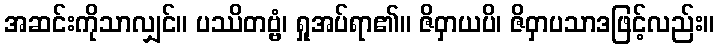
အဆင်းကိုသာလျှင်။ ပဿိတဗ္ဗံ၊ ရှုအပ်ရာ၏။ ဇိဝှာယပိ၊ ဇိဝှာပသာဒဖြင့်လည်း။